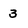
Character: 3